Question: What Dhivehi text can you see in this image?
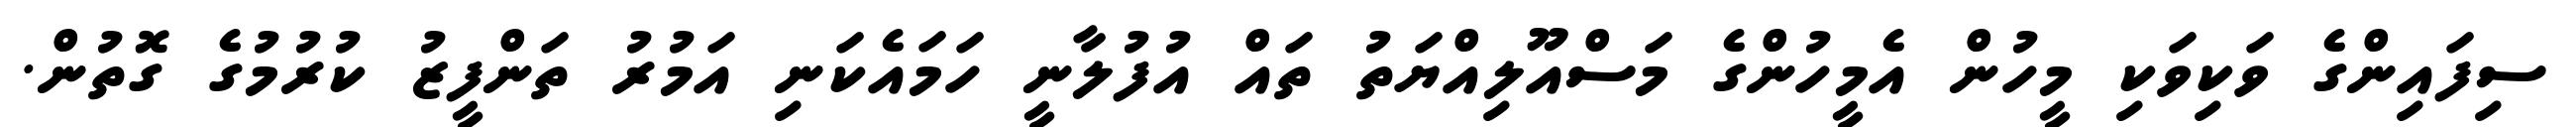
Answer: ސިފައިންގެ ވަކިވަކި މީހުން އެމީހުންގެ މަސްއޫލިއްޔަތު ތައް އުފުލާނީ ހަމައެކަނި އަމުރު ތަންފީޒު ކުރުމުގެ ގޮތުން.